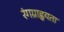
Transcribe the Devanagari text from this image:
रंगग्राह्वयता